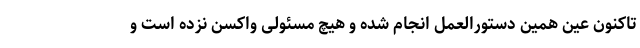
تاکنون عین همین دستورالعمل انجام شده و هیچ مسئولی واکسن نزده است و